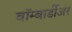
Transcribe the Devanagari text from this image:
बॉम्बार्डीअर